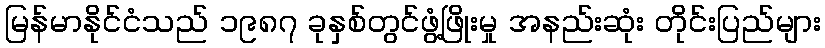
မြန်မာနိုင်ငံသည် ၁၉၈၇ ခုနှစ်တွင်ဖွံ့ဖြိုးမှု အနည်းဆုံး တိုင်းပြည်များ